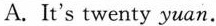
A.It's twenty yuan.